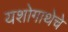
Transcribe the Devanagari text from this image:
यशोगाथेचे